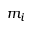
m _ { i }